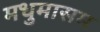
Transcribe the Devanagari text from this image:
मधुमासम